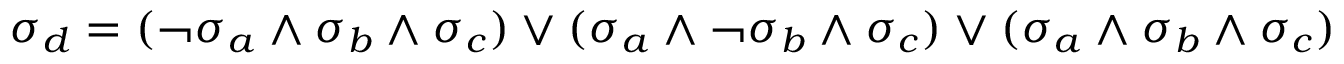
\sigma _ { d } = ( \neg \sigma _ { a } \land \sigma _ { b } \land \sigma _ { c } ) \lor ( \sigma _ { a } \land \neg \sigma _ { b } \land \sigma _ { c } ) \lor ( \sigma _ { a } \land \sigma _ { b } \land \sigma _ { c } )